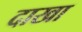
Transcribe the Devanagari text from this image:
दाखा